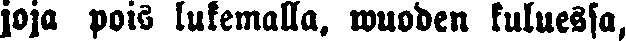
joja pois lukemalla, wuoden kuluessa,